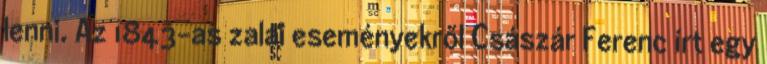
lenni. Az 1843-as zalai eseményekről Császár Ferenc írt egy